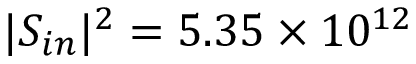
| S _ { i n } | ^ { 2 } = 5 . 3 5 \times 1 0 ^ { 1 2 }